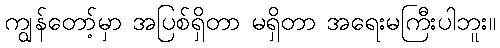
ကျွန်တော့်မှာ အပြစ်ရှိတာ မရှိတာ အရေးမကြီးပါဘူး။